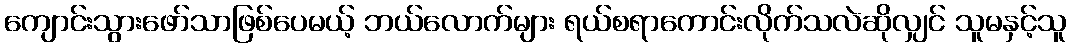
ကျောင်းသွားဖော်သာဖြစ်ပေမယ့် ဘယ်လောက်များ ရယ်စရာကောင်းလိုက်သလဲဆိုလျှင် သူမနှင့်သူ